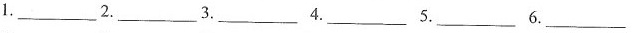
1.___ 2.___ 3.___ 4.___ 5.____ 6.___